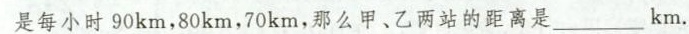
是每小时90km，80km，70km，那么甲、乙两站的距离是___km。